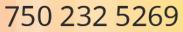
750 232 5269